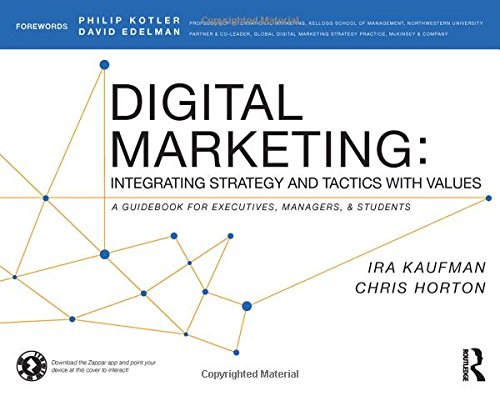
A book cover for Digital Marketing: Integrating Strategy and Tactics with Values, A Guidebook for Executives, Managers, and Students; Ira Kaufman; Business & Money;